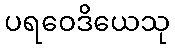
ပရဝေဒိယေသု